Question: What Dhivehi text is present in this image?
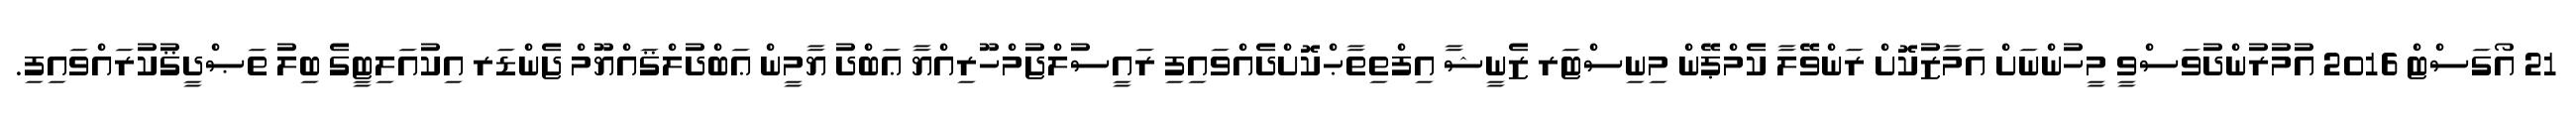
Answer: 21 އޯގަސްޓް 2016 އުމުރުންދުވަސްވީ މީހުންނަށް އަމާޒުކޮށް ރަންވޭލާ ކެމްޕޭން މިނިސްޓަރ ޒެނީޝާ އިފްތިތާޙްކޮށްދެއްވައިފި ރައީސުލްޖުމްހޫރިއްޔާ ޢަބްދު ޔާމީން ޢަބްދުލްޤައްޔޫމް ޖެންޑަރ އިކުއަލިޓީގެ ބިލު ތަޞްދީޤުކުރައްވައިފި.